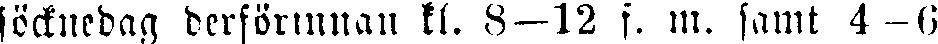
söcknedag derförinnan kl. 8—12 f. m. samt 4-6